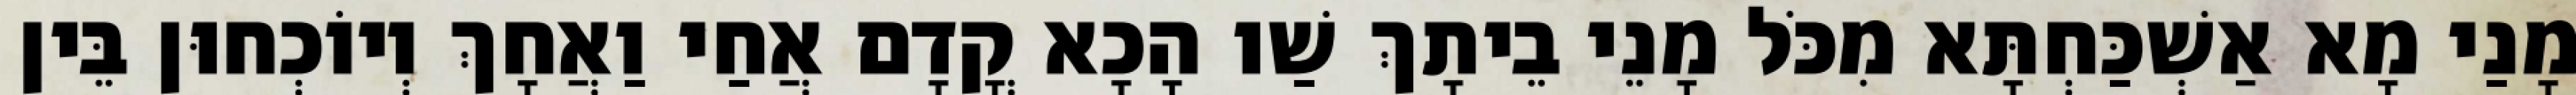
מָנַי מָא אַשְׁכַּחְתָּא מִכֹּל מָנֵי בֵיתָךְ שַׁו הָכָא קֳדָם אֲחַי וַאֲחָךְ וְיוֹכְחוּן בֵּין